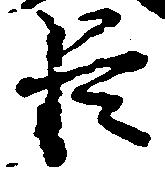
臣